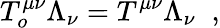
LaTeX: T_{o}^{\mu\nu}\Lambda_{\nu}=T^{\mu\nu}\Lambda_{\nu}\; \; ,